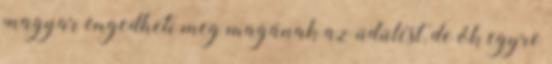
magyar engedheti meg magának az üdülést, de ők egyre